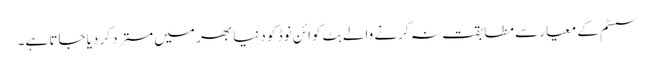
سسٹم کے معیار سے مطابقت نہ کرنے والے بِٹ کوائن نوڈ کو دنیا بھر میں مسترد کر دیا جاتا ہے۔